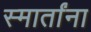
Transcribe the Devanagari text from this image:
स्मार्तांना